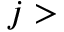
j >